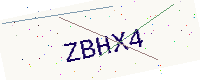
Text: ZBHX4